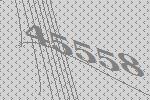
45558